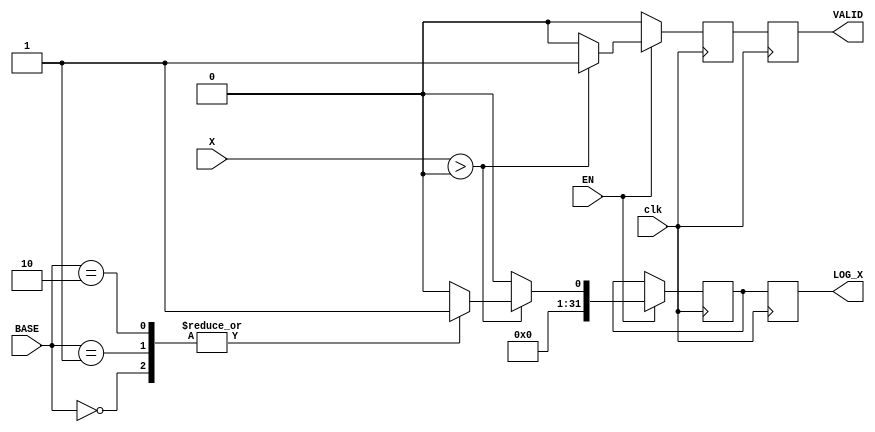
module LogarithmicFunctionGenerator (
    input wire [31:0] X,       // Input value (positive real number)
    input wire [1:0] BASE,     // Base selection: 00 - base 2, 01 - base 10, 10 - natural
    input wire EN,             // Enable signal
    input wire clk,            // Clock signal
    output reg [31:0] LOG_X,   // Computed logarithm result
    output reg VALID           // Valid output signal
);

    // Internal signals
    reg [31:0] log_result;     // Result storage
    reg valid_temp;            // Temporary valid signal

    // Logarithm Calculation Block
    always @(posedge clk) begin
        if (EN) begin
            if (X > 0) begin
                // Perform logarithm calculation based on BASE selection
                case (BASE)
                    2'b00: log_result <= log2(X);      // Base 2
                    2'b01: log_result <= log10(X);     // Base 10
                    2'b10: log_result <= ln(X);         // Natural log
                    default: log_result <= 32'b0;       // Default to 0
                endcase
                valid_temp <= 1'b1;
            end else begin
                log_result <= 32'b0; // Invalid input, set log result to 0
                valid_temp <= 1'b0;   // Mark output as invalid
            end
        end else begin
            valid_temp <= 1'b0; // Disable output if not enabled
        end
    end

    // Generate the valid output signal
    always @(posedge clk) begin
        VALID <= valid_temp;
        LOG_X <= log_result;
    end

    // Simple implementations of logarithmic functions (placeholders)
    function [31:0] log2(input [31:0] value);
        // Placeholder for the base 2 logarithm calculation
        log2 = 32'd1; // Replace with actual computation
    endfunction

    function [31:0] log10(input [31:0] value);
        // Placeholder for the base 10 logarithm calculation
        log10 = 32'd1; // Replace with actual computation
    endfunction

    function [31:0] ln(input [31:0] value);
        // Placeholder for the natural logarithm calculation
        ln = 32'd1; // Replace with actual computation
    endfunction

endmodule